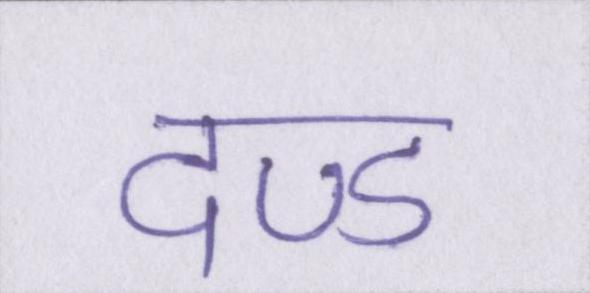
दण्ड